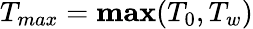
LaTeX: T_{max}={\mathbf{max}}({T_{0},T_{w}})